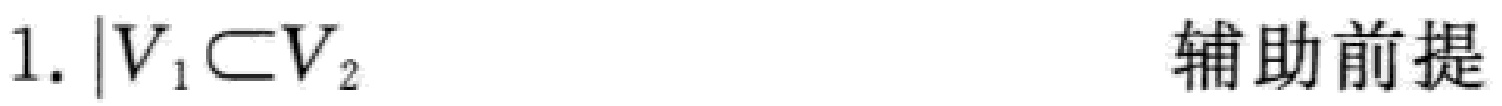
1. \(|V_{1}\subset V_{2}\)  辅助前提